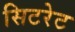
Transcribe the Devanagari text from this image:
सिटरेट